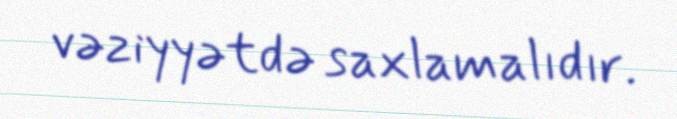
vəziyyətdə saxlamalıdır.